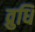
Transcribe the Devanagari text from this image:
व्रुधि